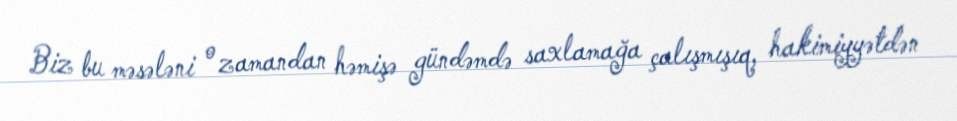
Biz bu məsələni o zamandan həmişə gündəmdə saxlamağa çalışmışıq, hakimiyyətdən